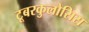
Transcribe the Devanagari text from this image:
टूबरकुलोसिस